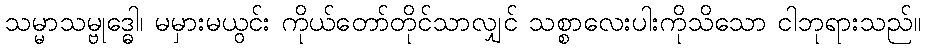
သမ္မာသမ္ဗုဒ္ဓေါ၊ မမှားမယွင်း ကိုယ်တော်တိုင်သာလျှင် သစ္စာလေးပါးကိုသိသော ငါဘုရားသည်။